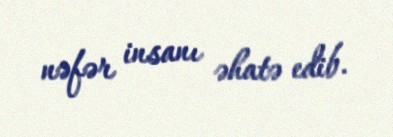
nəfər insanı əhatə edib.